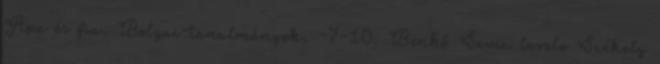
Apa és fia. Bolyai-tanulmányok. –7-10. Benkő Samu levele Székely